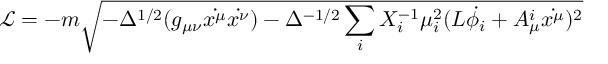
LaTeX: \mathcal { L } = - m \sqrt { - \Delta ^ { 1 / 2 } ( g _ { \mu \nu } \dot { x ^ { \mu } } \dot { x ^ { \nu } } ) - \Delta ^ { - 1 / 2 } \sum _ { i } X _ { i } ^ { - 1 } \mu _ { i } ^ { 2 } ( L \dot { \phi _ { i } } + A _ { \mu } ^ { i } \dot { x ^ { \mu } } ) ^ { 2 } }